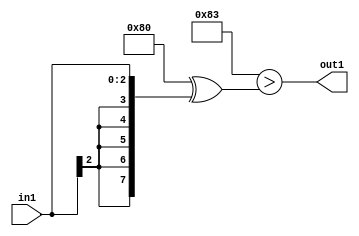
`timescale 1ps / 1ps
/*****************************************************************************
    Verilog RTL Description
    
    
    Created by: Stratus DpOpt 21.05.01 
*******************************************************************************/

module SobelFilter_Lti3s3_1 (
	in1,
	out1
	); /* architecture "behavioural" */ 
input [2:0] in1;
output  out1;
wire  asc001;

assign asc001 = ((8'B10000000 ^ 8'B00000011)>(8'B10000000 ^ {{5{in1[2]}}, in1}));

assign out1 = asc001;
endmodule

/* CADENCE  ubHzSwE= : u9/ySxbfrwZIxEzHVQQV8Q== ** DO NOT EDIT THIS LINE ******/